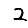
Digit: 2